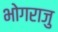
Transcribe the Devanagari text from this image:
भोगराजु